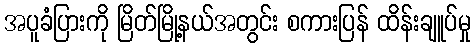
အပူခံပြားကို မြိတ်မြို့နယ်အတွင်း စကားပြန် ထိန်းချူပ်မှု